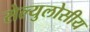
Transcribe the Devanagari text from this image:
सेल्युलोसीय